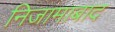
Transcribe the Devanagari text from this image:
निजामाबाद